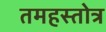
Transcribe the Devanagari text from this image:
तमहस्तोत्र